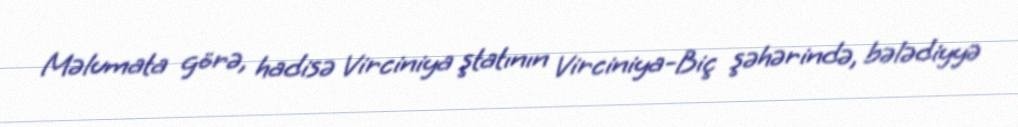
Məlumata görə, hadisə Virciniya ştatının Virciniya-Biç şəhərində, bələdiyyə